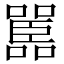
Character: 嚚